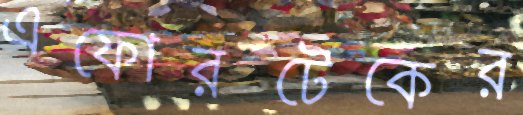
এফোরটেকের